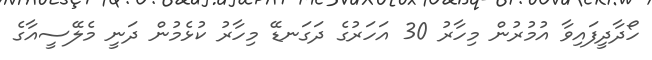
ހޯދާދީފައިވާ އުމުރުން މިހާރު 30 އަހަރުގެ ދަގަނޑޭ މިހާރު ކުޅެމުން ދަނީ މެލޭސީއާގެ